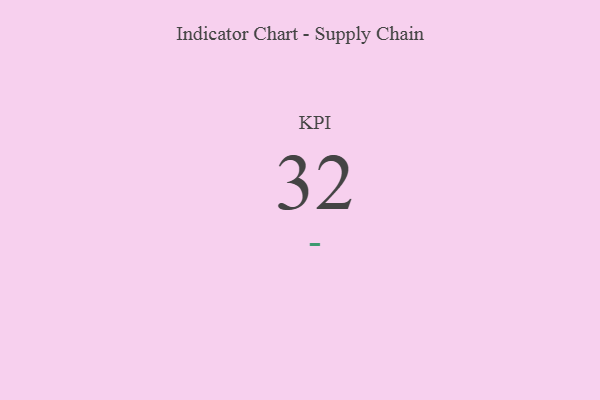
{"axis": {"x": "KPI", "y": "Value"}, "legend": [""], "data": [{"x": "KPI", "y": 32, "type": ""}]}